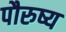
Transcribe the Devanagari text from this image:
पौरुष्य